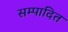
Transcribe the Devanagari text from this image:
सम्‍पादित